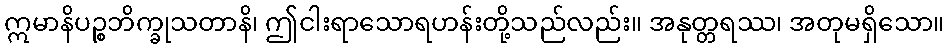
ဣမာနိပဉ္စဘိက္ခုသတာနိ၊ ဤငါးရာသောရဟန်းတို့သည်လည်း။ အနုတ္တရဿ၊ အတုမရှိသော။